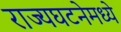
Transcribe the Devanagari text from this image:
राज्यघटनेमध्ये